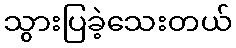
သွားပြခဲ့သေးတယ်